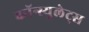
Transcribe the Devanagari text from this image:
कॉन्स्युलेट्स